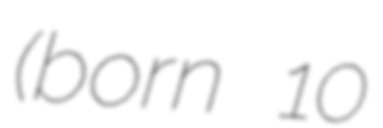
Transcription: (born 10